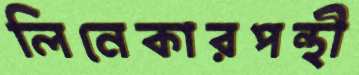
লিনেকারপন্থী